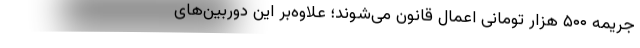
جریمه ۵۰۰ هزار تومانی اعمال قانون می‌شوند؛ علاوه‌بر این دوربین‌های